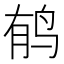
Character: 𲍳